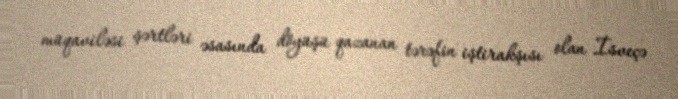
müqaviləsi şərtləri əsasında döyüşü qazanan tərəfin iştirakşısı olan İsveçə